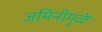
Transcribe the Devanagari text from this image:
जमिनीमुळे